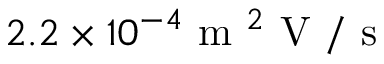
2 . 2 \times 1 0 ^ { - 4 } \mathrm { ~ m ~ } ^ { 2 } \mathrm { ~ V ~ } / \mathrm { ~ s ~ }